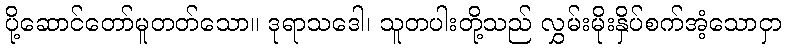
ပို့ဆောင်တော်မူတတ်သော။ ဒုရာသဒေါ၊ သူတပါးတို့သည် လွှမ်းမိုးနှိပ်စက်အံ့သောငှာ